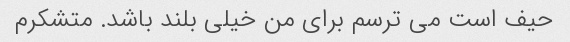
حیف است می ترسم برای من خیلی بلند باشد. متشکرم